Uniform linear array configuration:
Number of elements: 16
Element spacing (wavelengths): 0.25
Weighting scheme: blackman
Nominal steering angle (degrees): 15
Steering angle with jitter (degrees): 13.016
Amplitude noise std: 0.05
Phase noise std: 0.05

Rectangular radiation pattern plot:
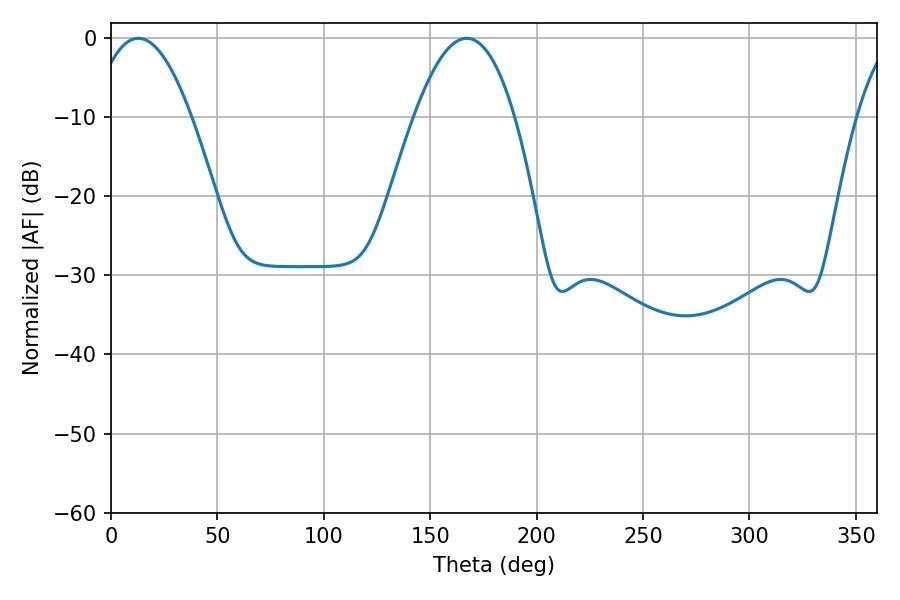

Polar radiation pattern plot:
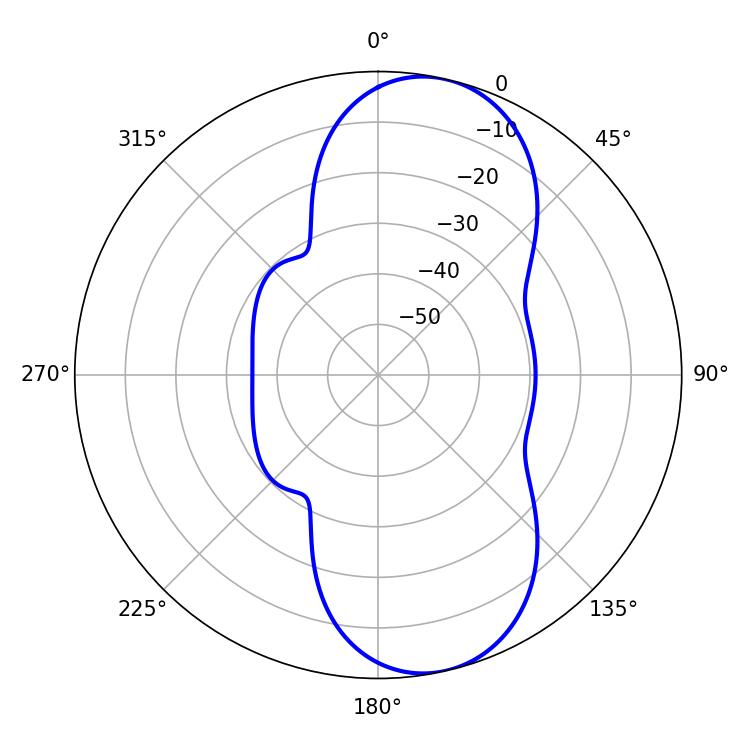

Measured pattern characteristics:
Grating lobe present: FALSE
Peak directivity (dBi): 9.456
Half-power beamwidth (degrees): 25.92
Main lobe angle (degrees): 12.78